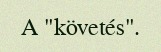
A "követés".